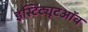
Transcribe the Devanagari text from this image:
इंस्टिट्यूटऑव